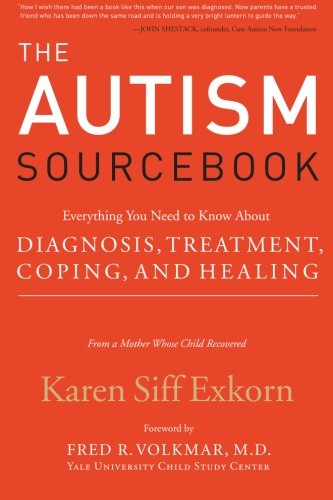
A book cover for The Autism Sourcebook: Everything You Need to Know About Diagnosis, Treatment, Coping, and Healing--from a Mother Whose Child Recovered; Karen Siff Exkorn; Biographies & Memoirs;